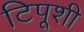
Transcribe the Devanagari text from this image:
टिपूशी